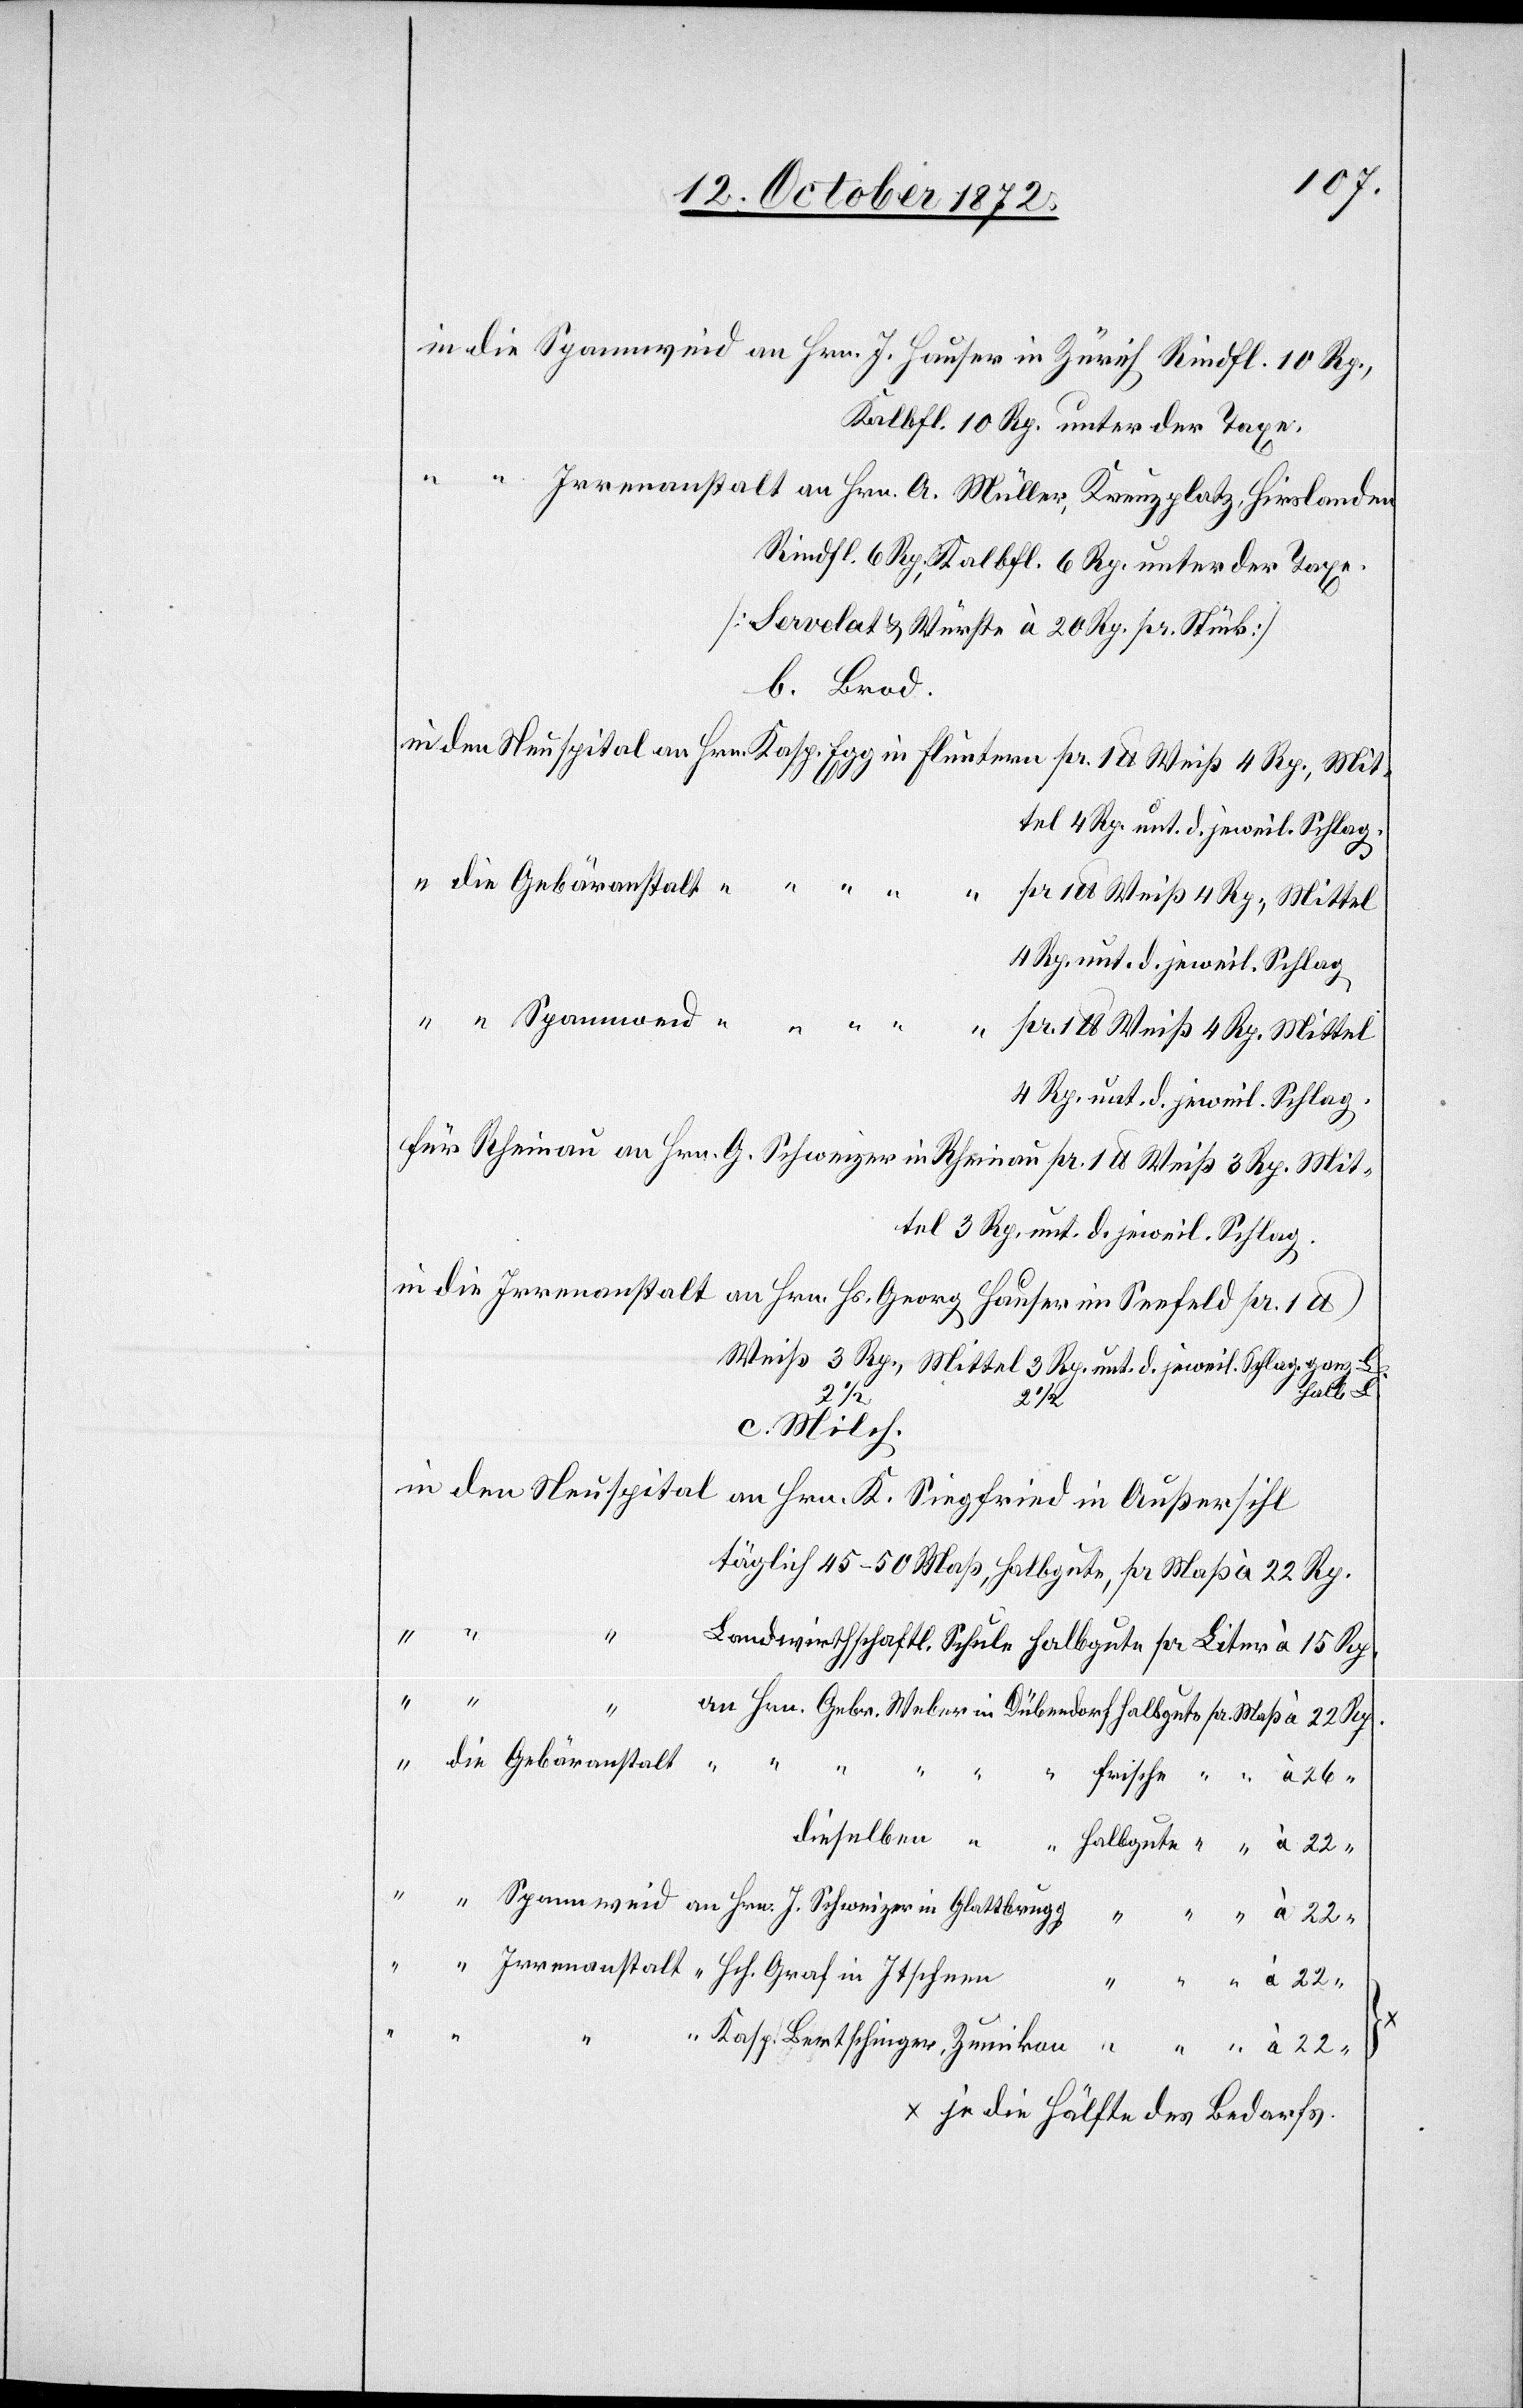
in die Spannweid an Hrn. J. Hauser in Zürich Rindfl. 10 Rp.,
Kalbfl. 10 Rp. unter der Taxe.
“ “ Irrenanstalt an Hrn. A. Müller, Kreuzplatz, Hirslanden
Rindfl. 6 Rp., Kalbfl. 6 Rp. unter der Taxe.
[Servelat u. Würste à 20 Rp. pr. Stück]
b. Brod.
4 Rp. unt. d. jeweil. Schlag.
für Rheinau an Hrn. G. Schweizer in Rheinau pr. 1 lb. Weiß 3 Rp. Mit¬
tel 3 Rp. unt. d. jeweil. Schlag.
Weiß 3 Rp., Mittel 3 Rp. unt. d. jeweil. Schlag.
talt
22 “
22 Rp.
c. Milch.
täglich 45–50 Maß, halbgute, pr Maß à
Bertschinger, Zumikon
Landwirthschaftl. Schule halbgute pr Liter à
}
Kasp.
x je die Hälfte des Bedarfs.